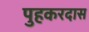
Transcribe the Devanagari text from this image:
पुहकरदास